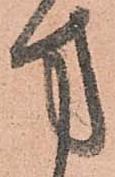
方